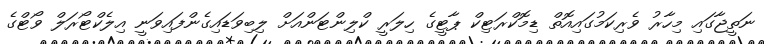
ނަތީޖާގައި މިހާރު ވެރިކަމުގައިއޮތް ޑިމޮކްރަޓިކް ޕާޓީގެ ހިލަރީ ކްލިންޓަންއަށް ލިބިވަޑައިގެންފައިވަނީ އިލެކްޓޯރަލް ވޯޓްގެ